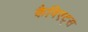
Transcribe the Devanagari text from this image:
कैविएट्स